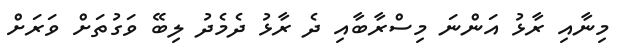
މިނާއި ރާޅު އަންނަ މިސްރާބާއި ދެ ރާޅު ދެމެދު ލިބޭ ވަގުތަށް ވަރަށް